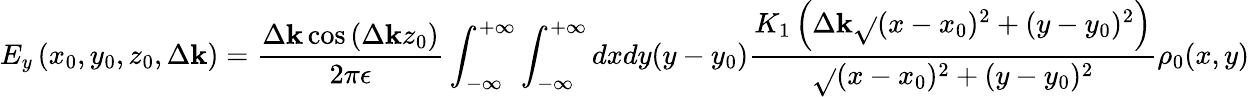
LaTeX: E_{y}\left(x_{0},y_{0},z_{0},\Delta\mathbf{k}\right)=\frac{{\Delta\mathbf{k}\cos\left(\Delta\mathbf{k}z_{0}\right)}}{{2\pi\epsilon}}\int_{-\infty}^{+\infty}\int_{-\infty}^{+\infty}dxdy(y-y_{0})\frac{{K_{1}\left(\Delta\mathbf{k}\sqrt{}{{(x-x_{0})^{2}+(y-y_{0})^{2}}}\right)}}{{\sqrt{}{{(x-x_{0})^{2}+(y-y_{0})^{2}}}}}\rho_{0}(x,y)